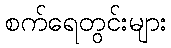
စက်ရေတွင်းများ